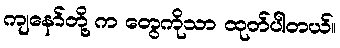
ကျနော်တို့ က တွေကိုသာ ထုတ်ပါတယ်။